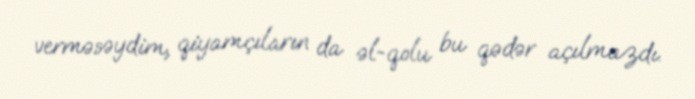
verməsəydim, qiyamçıların da əl-qolu bu qədər açılmazdı.